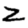
Digit: 2